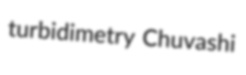
turbidimetry Chuvashi